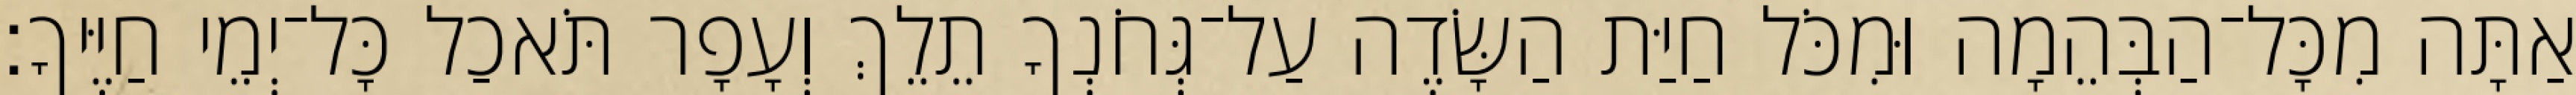
אַתָּה מִכָּל־הַבְּהֵמָה וּמִכֹּל חַיַּת הַשָּׂדֶה עַל־גְּחֹנְךָ תֵלֵךְ וְעָפָר תֹּאכַל כָּל־יְמֵי חַיֶּיךָ׃